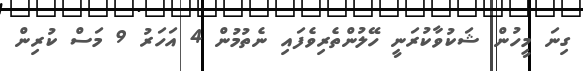
ގިނަ މީހުން ޝަކުވާކުރަނީ ހޭލުންތެރިވެފައި ނެތުމުން 4 އަހަރު 9 މަސް ކުރިން